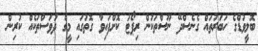
ބޮލީވުޑްގެ ހަބަރުތައް ގެނެސްދޭ ނޫސްތަކުން ރިޕޯޓު ކޮށްފައިވާ ގޮތުގައި މީގެ ދުވަސްތަކެއް ކުރިން